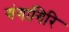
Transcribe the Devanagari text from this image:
गंगागिरि